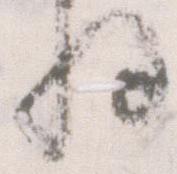
将